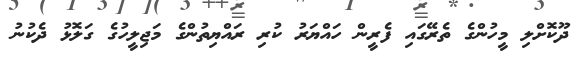
ދޫކޮށްލި މީހުންގެ ތެރޭގައި ފެރީން ހައްޔަރު ކުރި ރައްޔިތުންގެ މަޖިލީހުގެ ގަލޮޅު ދެކުނު